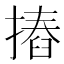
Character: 摏